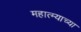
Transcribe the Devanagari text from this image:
महात्म्याच्या